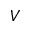
V